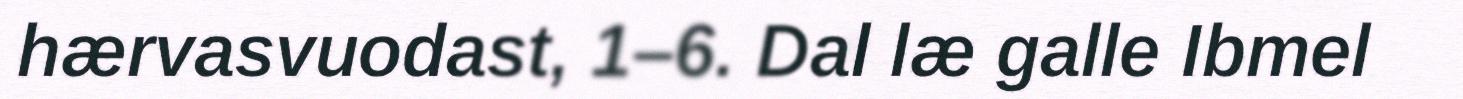
hærvasvuodast, 1–6. Dal læ galle Ibmel